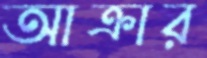
আক্রার